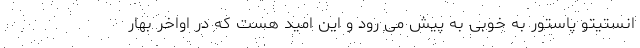
انستیتو پاستور به خوبی به پیش می رود و این امید هست که در اواخر بهار